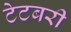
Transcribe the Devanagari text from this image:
टेटबरी